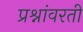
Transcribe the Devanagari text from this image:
प्रश्नांवरती